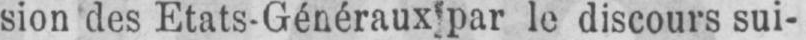
sion des Etats-Généraux par le discours sui-